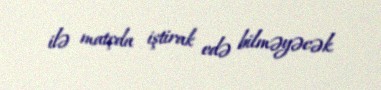
ilə matçda iştirak edə bilməyəcək.